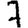
Digit: 7